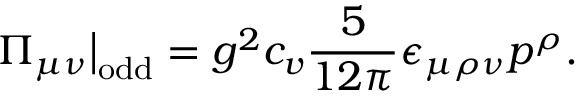
\Pi _ { \mu \nu } \big | _ { \mathrm { o d d } } = g ^ { 2 } c _ { v } \frac { 5 } { 1 2 \pi } \epsilon _ { \mu \rho \nu } p ^ { \rho } .